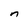
Character: n